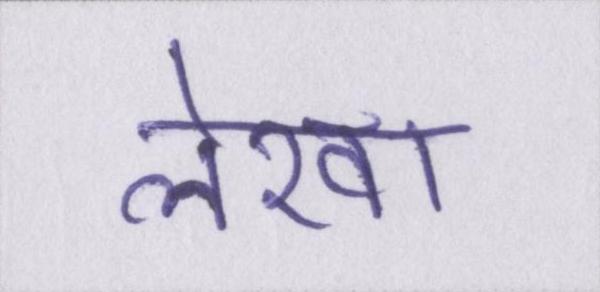
लेखा